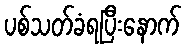
ပစ်သတ်ခံရပြီးနောက်